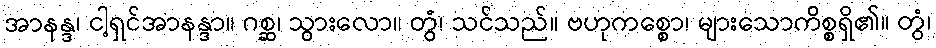
အာနန္ဒ၊ ငါ့ရှင်အာနန္ဒာ။ ဂစ္ဆ၊ သွားလော။ တွံ၊ သင်သည်။ ဗဟုကစ္စော၊ များသောကိစ္စရှိ၏။ တွံ၊